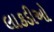
લાકડીઓ